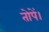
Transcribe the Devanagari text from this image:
तोपें।